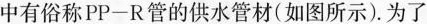
中有俗称PP-R管的供水管材(如图所示)。为了